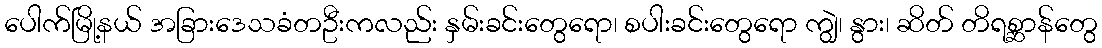
ပေါက်မြို့နယ် အခြားဒေသခံတဦးကလည်း နှမ်းခင်းတွေရော၊ စပါးခင်းတွေရော ကျွဲ၊ နွား၊ ဆိတ် တိရစ္ဆာန်တွေ